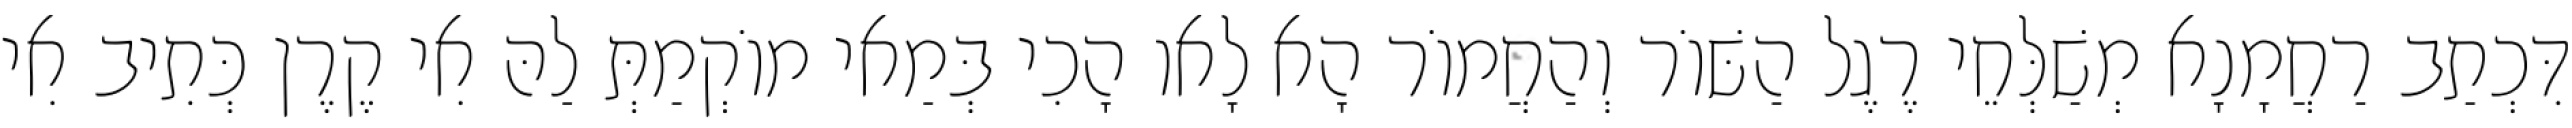
דִּכְתַב רַחֲמָנָא מְשַׁלְּחֵי רֶגֶל הַשּׁוֹר וְהַחֲמוֹר הָא לָאו הָכִי בְּמַאי מוֹקְמַתְּ לַהּ אִי קֶרֶן כְּתִיב אִי